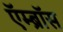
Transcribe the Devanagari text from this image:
ऍम्ब्रॉस